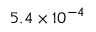
5 . 4 \times 1 0 ^ { - 4 }